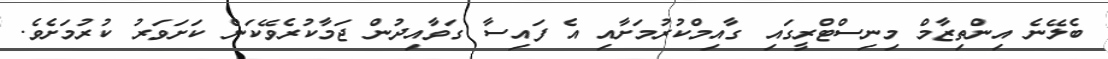
ބެލޭނެ އިންތިޒާމް މިނިސްޓްރީގައި ގާއިމްކުރުމަށާއި އެ ފައިސާ ގަވާއިދުން ޖަމާކުރެވޭކަން ކަށަވަރު ކުރުމަށެވެ.